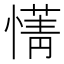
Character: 𫻄